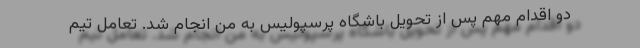
دو اقدام مهم پس از تحویل باشگاه پرسپولیس به من انجام شد. تعامل تیم